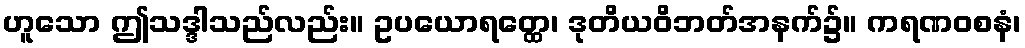
ဟူသော ဤသဒ္ဒါသည်လည်း။ ဥပယောရတ္ထေ၊ ဒုတိယဝိဘတ်အနက်၌။ ကရဏဝစနံ၊